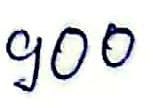
900